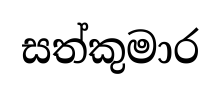
සත්කුමාර